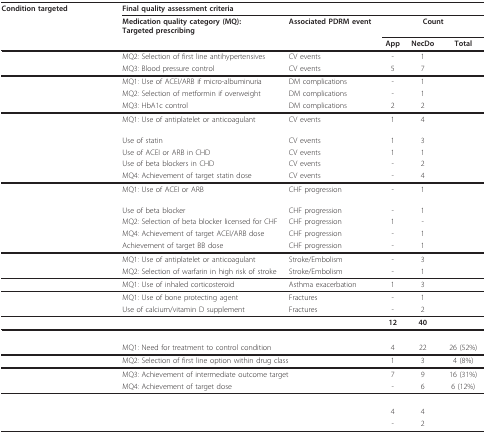
<table><thead><tr><td><b>Condition targeted</b></td><td colspan="5"><b>Final quality assessment criteria</b></td></tr><tr><td>[EMPTY_CELL]</td><td><b>Medication quality category (MQ):Targeted prescribing</b></td><td><b>Associated PDRM event</b></td><td colspan="3"><b>Count</b></td></tr><tr><td>[EMPTY_CELL]</td><td>[EMPTY_CELL]</td><td>[EMPTY_CELL]</td><td><b>App</b></td><td><b>NecDo</b></td><td><b>Total</b></td></tr></thead><tbody><tr><td>[EMPTY_CELL]</td><td>MQ2: Selection of first line antihypertensives</td><td>CV events</td><td>-</td><td>1</td><td>[EMPTY_CELL]</td></tr><tr><td>[EMPTY_CELL]</td><td>MQ3: Blood pressure control</td><td>CV events</td><td>5</td><td>7</td><td>[EMPTY_CELL]</td></tr><tr><td>[EMPTY_CELL]</td><td>MQ1: Use of ACEI/ARB if micro-albuminuria</td><td>DM complications</td><td>-</td><td>1</td><td>[EMPTY_CELL]</td></tr><tr><td>[EMPTY_CELL]</td><td>MQ2: Selection of metformin if overweight</td><td>DM complications</td><td>-</td><td>1</td><td>[EMPTY_CELL]</td></tr><tr><td>[EMPTY_CELL]</td><td>MQ3: HbA1c control</td><td>DM complications</td><td>2</td><td>2</td><td>[EMPTY_CELL]</td></tr><tr><td>[EMPTY_CELL]</td><td>MQ1: Use of antiplatelet or anticoagulant</td><td>CV events</td><td>1</td><td>4</td><td>[EMPTY_CELL]</td></tr><tr><td>[EMPTY_CELL]</td><td>Use of statin</td><td>CV events</td><td>1</td><td>3</td><td>[EMPTY_CELL]</td></tr><tr><td>[EMPTY_CELL]</td><td>Use of ACEI or ARB in CHD</td><td>CV events</td><td>1</td><td>1</td><td>[EMPTY_CELL]</td></tr><tr><td>[EMPTY_CELL]</td><td>Use of beta blockers in CHD</td><td>CV events</td><td>-</td><td>2</td><td>[EMPTY_CELL]</td></tr><tr><td>[EMPTY_CELL]</td><td>MQ4: Achievement of target statin dose</td><td>CV events</td><td>-</td><td>4</td><td>[EMPTY_CELL]</td></tr><tr><td>[EMPTY_CELL]</td><td>MQ1: Use of ACEI or ARB</td><td>CHF progression</td><td>-</td><td>1</td><td>[EMPTY_CELL]</td></tr><tr><td>[EMPTY_CELL]</td><td>Use of beta blocker</td><td>CHF progression</td><td>-</td><td>1</td><td>[EMPTY_CELL]</td></tr><tr><td>[EMPTY_CELL]</td><td>MQ2: Selection of beta blocker licensed for CHF</td><td>CHF progression</td><td>1</td><td>-</td><td>[EMPTY_CELL]</td></tr><tr><td>[EMPTY_CELL]</td><td>MQ4: Achievement of target ACEI/ARB dose</td><td>CHF progression</td><td>-</td><td>1</td><td>[EMPTY_CELL]</td></tr><tr><td>[EMPTY_CELL]</td><td>Achievement of target BB dose</td><td>CHF progression</td><td>-</td><td>1</td><td>[EMPTY_CELL]</td></tr><tr><td>[EMPTY_CELL]</td><td>MQ1: Use of antiplatelet or anticoagulant</td><td>Stroke/Embolism</td><td>-</td><td>3</td><td>[EMPTY_CELL]</td></tr><tr><td>[EMPTY_CELL]</td><td>MQ2: Selection of warfarin in high risk of stroke</td><td>Stroke/Embolism</td><td>-</td><td>1</td><td>[EMPTY_CELL]</td></tr><tr><td>[EMPTY_CELL]</td><td>MQ1: Use of inhaled corticosteroid</td><td>Asthma exacerbation</td><td>1</td><td>3</td><td>[EMPTY_CELL]</td></tr><tr><td>[EMPTY_CELL]</td><td>MQ1: Use of bone protecting agent</td><td>Fractures</td><td>-</td><td>1</td><td>[EMPTY_CELL]</td></tr><tr><td>[EMPTY_CELL]</td><td>Use of calcium/vitamin D supplement</td><td>Fractures</td><td>-</td><td>2</td><td>[EMPTY_CELL]</td></tr><tr><td>[EMPTY_CELL]</td><td>[EMPTY_CELL]</td><td>[EMPTY_CELL]</td><td><b>12</b></td><td><b>40</b></td><td>[EMPTY_CELL]</td></tr><tr><td colspan="5">[EMPTY_CELL]</td><td>[EMPTY_CELL]</td></tr><tr><td>[EMPTY_CELL]</td><td colspan="2">MQ1: Need for treatment to control condition</td><td>4</td><td>22</td><td>26 (52%)</td></tr><tr><td>[EMPTY_CELL]</td><td colspan="2">MQ2: Selection of first line option within drug class</td><td>1</td><td>3</td><td>4 (8%)</td></tr><tr><td>[EMPTY_CELL]</td><td colspan="2">MQ3: Achievement of intermediate outcome target</td><td>7</td><td>9</td><td>16 (31%)</td></tr><tr><td>[EMPTY_CELL]</td><td colspan="2">MQ4: Achievement of target dose</td><td>-</td><td>6</td><td>6 (12%)</td></tr><tr><td colspan="6">[EMPTY_CELL]</td></tr><tr><td>[EMPTY_CELL]</td><td>[EMPTY_CELL]</td><td>[EMPTY_CELL]</td><td>4</td><td>4</td><td>[EMPTY_CELL]</td></tr><tr><td>[EMPTY_CELL]</td><td>[EMPTY_CELL]</td><td>[EMPTY_CELL]</td><td>-</td><td>2</td><td>[EMPTY_CELL]</td></tr></tbody></table>